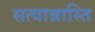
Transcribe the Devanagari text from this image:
सत्यान्नास्ति